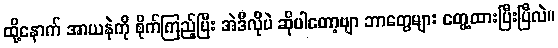
ထို့နောက် အာယနဲကို စိုက်ကြည့်ပြီး အဲဒီလိုပဲ ဆိုပါတော့ဗျာ ဘာတွေများ တွေ့ထားပြီးပြီလဲ။